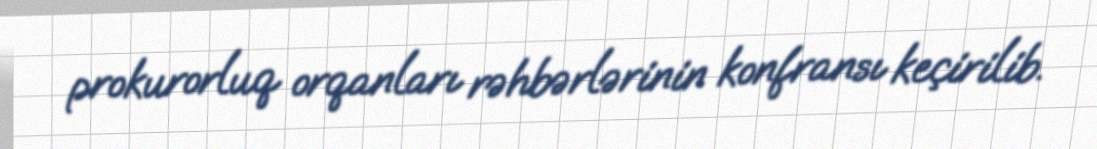
prokurorluq orqanları rəhbərlərinin konfransı keçirilib.